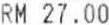
RM 27.00